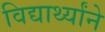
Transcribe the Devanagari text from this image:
विद्यार्थ्यांने